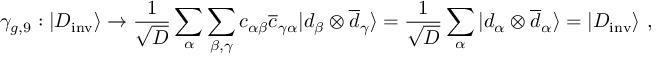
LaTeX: \gamma _ { g , 9 } : | D _ { \mathrm { i n v } } \rangle \rightarrow { \frac { 1 } { \sqrt { D } } } \sum _ { \alpha } \sum _ { \beta , \gamma } c _ { \alpha \beta } { \overline { { c } } } _ { \gamma \alpha } | d _ { \beta } \otimes { \overline { { d } } } _ { \gamma } \rangle = { \frac { 1 } { \sqrt { D } } } \sum _ { \alpha } | d _ { \alpha } \otimes { \overline { { d } } } _ { \alpha } \rangle = | D _ { \mathrm { i n v } } \rangle ~ ,